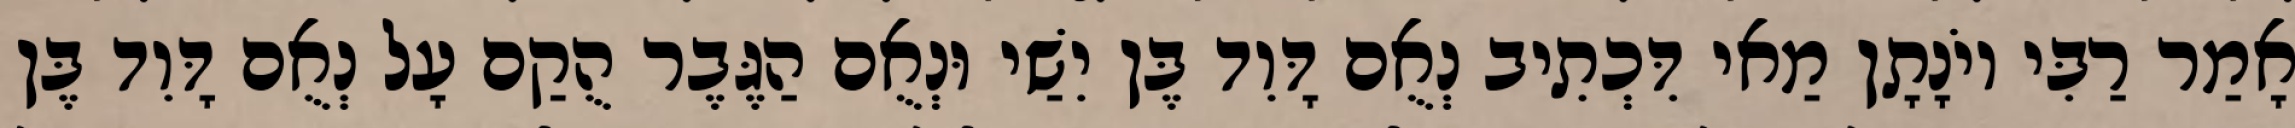
אָמַר רַבִּי יוֹנָתָן מַאי דִּכְתִיב נְאֻם דָּוִד בֶּן יִשַׁי וּנְאֻם הַגֶּבֶר הֻקַם עָל נְאֻם דָּוִד בֶּן